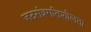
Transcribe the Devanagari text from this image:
जठरांत्रगतिशीलता